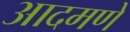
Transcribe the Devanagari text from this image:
आदमणे